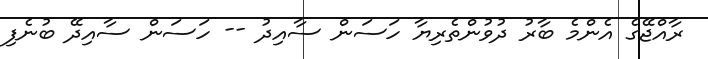
ރާއްޖޭގެ އެންމެ ބާރު ދުވުންތެރިޔާ ހަސަން ސާއިދު -- ހަސަން ސާއިދޭ ބުނެފި